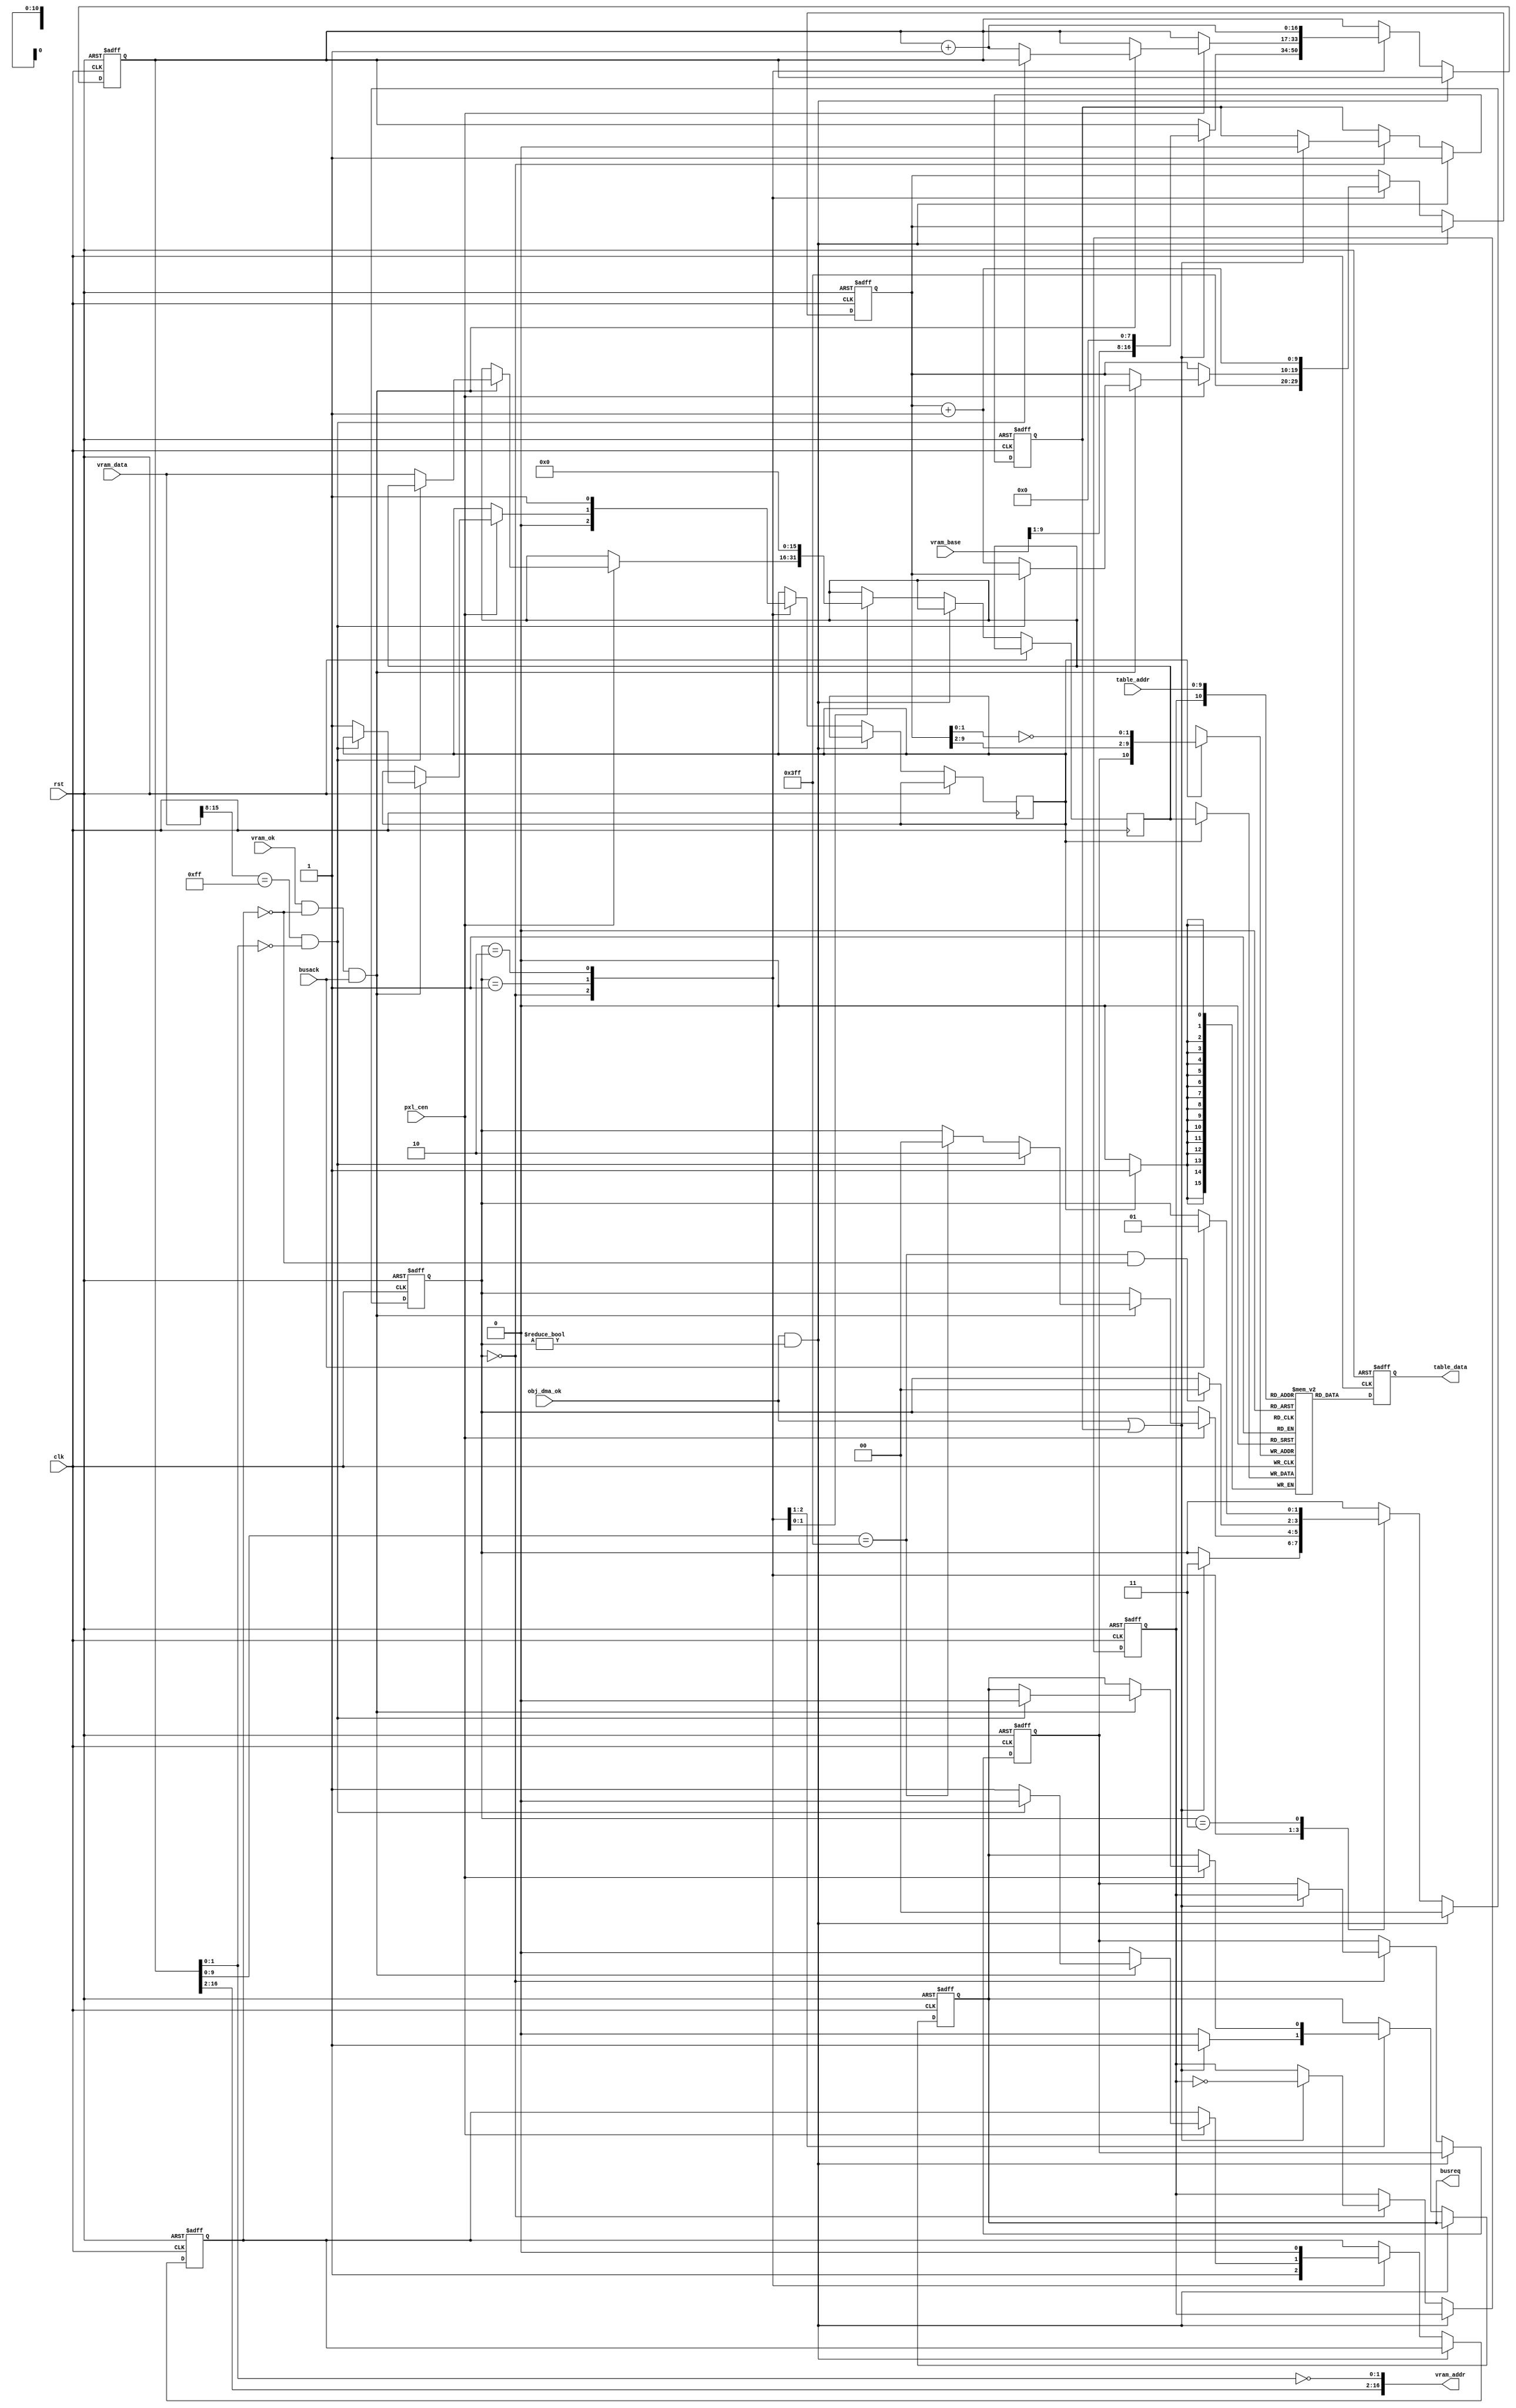
// This program was cloned from: https://github.com/jotego/jtcores
// License: GNU General Public License v3.0

/*  This file is part of JTCORES1.
    JTCORES1 program is free software: you can redistribute it and/or modify
    it under the terms of the GNU General Public License as published by
    the Free Software Foundation, either version 3 of the License, or
    (at your option) any later version.

    JTCORES1 program is distributed in the hope that it will be useful,
    but WITHOUT ANY WARRANTY; without even the implied warranty of
    MERCHANTABILITY or FITNESS FOR A PARTICULAR PURPOSE.  See the
    GNU General Public License for more details.

    You should have received a copy of the GNU General Public License
    along with JTCORES1.  If not, see <http://www.gnu.org/licenses/>.

    Author: Jose Tejada Gomez. Twitter: @topapate
    Version: 1.0
    Date: 13-1-2020 */
    

// DMA copying OBJ table data from video RAM to internal RAM
// Copying stops if 8'hFF is detected in the attributes word
// Because attributes are checked first, data is read in 3,2,1,0 order
// instead of the natural 0,1,2,3 order. Counters do count in the natural
// sequence but the lower 2 bits of the address registers are inverted
// the inversion applies both to the VRAM address and to the internal
// buffer address
// The rest of the table is filled with zeros, which seems the safest value

module jtcps1_obj_table(
    input              rst,
    input              clk,
    input              pxl_cen,

    input              obj_dma_ok,
    // BUS sharing
    output reg         busreq,
    input              busack,

    // control registers
    input      [15:0]  vram_base,
    output     [17:1]  vram_addr,
    input      [15:0]  vram_data,
    input              vram_ok,

    // interface with renderer
    input      [ 9:0]  table_addr,
    output reg [15:0]  table_data
);

reg frame, frame_n;
reg [ 1:0] st;
reg [ 9:0] wr_addr;
reg [15:0] wr_data;
reg        wr_en;
reg        wait_cycle;

// buffer (dual port RAM)
reg [15:0] table_buffer[0:(2**11)-1];

always @(posedge clk) begin
    if( wr_en ) table_buffer[ {frame_n, wr_addr[9:2], ~wr_addr[1:0]} ] <= wr_data;
end

always @(posedge clk, posedge rst) begin
    if( rst )
        table_data <= 16'd0;
    else
        table_data <= table_buffer[ {frame, table_addr} ];
end

`ifdef SIMULATION
// avoid X's
integer cnt, f;
initial begin
    //$display("OBJ table initialization OK");
    f=$fopen("obj.bin","rb");
    if( f==0 ) begin
        $display("WARNING: cannot open obj.bin");
    end else begin
        cnt=$fread(table_buffer,f);
        cnt=$fseek(f,0,0); // rewind
        cnt=$fread(table_buffer,f,1024 );
        $display("INFO: read %d bytes from obj.bin", cnt);
        $fclose(f);
    end
    //for(cnt=0;cnt<2**11;cnt=cnt+1) table_buffer[cnt]=16'd0;
    // $readmemh("vram_obj16.hex",table_buffer,0,1023);
    // $readmemh("vram_obj16.hex",table_buffer,1024,2047);
end
`endif

reg        restart;
reg [17:1] vram_cnt;
assign vram_addr = { vram_cnt[17:3], ~vram_cnt[2:1] };

always @(posedge clk, posedge rst) begin
    if( rst ) begin
        frame       <= 1'b0;
        frame_n     <= 1'b1;
        vram_cnt    <= 17'd0;
        // start by clearing the memory. Not very useful as it only clears one half of it, though.
        st          <= 2'd2;
        wr_addr     <= ~10'd0;
        wait_cycle  <= 1'b1; // this signals st'2 not to finish when wr_addr==~10'd0
        busreq      <= 1'b0;
        restart     <= 1'b0;
    end else begin
        if( obj_dma_ok && st!=2'd0 ) begin
            restart <= 1'b1;
            st      <= 2'd0;
        end else
        case( st )
            2'd0: begin
                wr_addr    <= 10'h3ff;
                wr_en      <= 1'b0;
                wait_cycle <= 1'b1;
                busreq     <= 1'b0;
                if( obj_dma_ok || restart ) begin // start of new frame, after blanking
                    vram_cnt  <= {vram_base[9:1], 8'd0};
                    // VRAM cache needs be cleared because otherwise if a sprite buffer end
                    // value was cached in the previous frame, this will be read and no
                    // objects will be displayed. The circuit would become locked in this state
                    // as the cache contents would stay fixed
                    busreq    <= 1'b1;
                    frame     <= ~frame;
                    frame_n   <=  frame;
                    st        <= 2'd3;      // one clock cycle to let cache clear propagate
                    restart   <= 1'b0;
                end
            end
            2'd1: if(pxl_cen) begin
                wait_cycle <= 1'b0;
                if(vram_ok && !wait_cycle && busack ) begin
                    if( vram_data[15:8]==8'hff && vram_cnt[2:1]==2'b00 ) begin
                        st     <= 2'd2; // fill
                        busreq <= 0;
                    end else begin                   
                        vram_cnt  <= vram_cnt + 17'd1;
                        wr_addr    <= wr_addr + 10'd1;
                        wr_data    <= vram_data;
                        wr_en      <= 1'b1;
                        wait_cycle <= 1'b1;
                        if( vram_cnt[10:1]== 10'h3ff ) st<=2'd0;
                    end
                end
            end
            2'd2: begin
                wait_cycle <= 1'b0;
                wr_addr    <= wr_addr + 10'd1;
                wr_data    <= 16'h0000;
                wr_en      <= 1'b1;
                vram_cnt  <= vram_cnt + 17'd1;
                if( vram_cnt[10:1]== 10'h3ff && !wait_cycle) st<=2'd0;
            end
            2'd3: begin
                if(busack) st <= 2'd1;
            end
        endcase
    end
end

endmodule